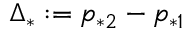
\Delta _ { * } : = p _ { * 2 } - p _ { * 1 }